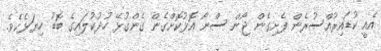
އެއީ ކުޑައިރުއްސުރެން ފެށިގެން ޖޯން ސްނޯ އޮޅުކޮށްގެން ގެންގުޅޭ ހުދުކުލައިގެ ބޮޑު ހިޔަޅެކެވެ.